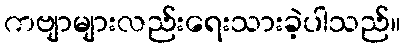
ကဗျာများလည်းရေးသားခဲ့ပါသည်။